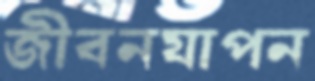
জীবনযাপন